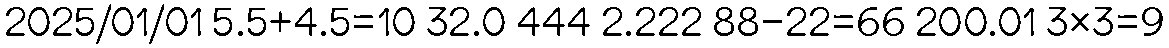
2025/01/01 5.5+4.5=10 32.0 444 2.222 88-22=66 200.01 3×3=9